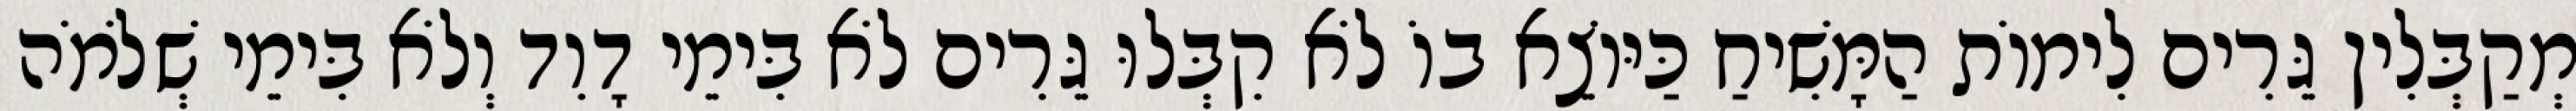
מְקַבְּלִין גֵּרִים לִימוֹת הַמָּשִׁיחַ כַּיּוֹצֵא בוֹ לֹא קִבְּלוּ גֵּרִים לֹא בִּימֵי דָוִד וְלֹא בִּימֵי שְׁלֹמֹה